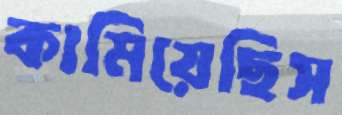
কামিয়েছিস